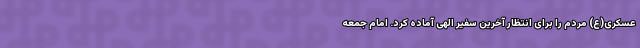
عسکری(ع) مردم را برای انتظار آخرین سفیر الهی آماده کرد. امام جمعه